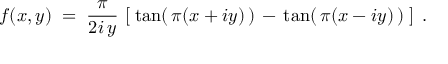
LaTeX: f ( x , y ) \; = \; \frac { \pi } { 2 i \, y } \, \left[ \; \tan ( \, \pi ( x + i y ) \, ) \, - \, \tan ( \, \pi ( x - i y ) \, ) \; \right] \; .